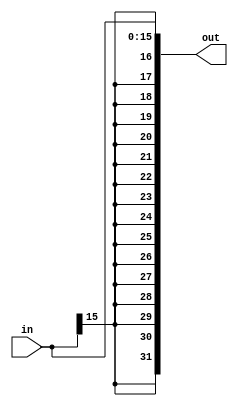
// ,   
// 16-    32-
module sign_extend(in, out);
  input [15:0] in;
  output [31:0] out;

  assign out = {{16{in[15]}}, in};
endmodule

module sign_extend_26(in, out);
  input [25:0] in;
  output [31:0] out;

  assign out = {{6{in[25]}},in};
endmodule

// ,     
//   2 
module shl_2(in, out);
  input [31:0] in;
  output [31:0] out;

  assign out = {in[29:0], 2'b00};
endmodule

// 32  
module adder(a, b, out);
  input [31:0] a, b;
  output [31:0] out;

  assign out = a + b;
endmodule

// 32- 
module mux2_32(d0, d1, a, out);
  input [31:0] d0, d1;
  input a;
  output [31:0] out;
  assign out = a ? d1 : d0;
endmodule

// 5 -  
module mux2_5(d0, d1, a, out);
  input [4:0] d0, d1;
  input a;
  output [4:0] out;
  assign out = a ? d1 : d0;
endmodule


module xnor_gate(x,y,c);
  input wire x,y;
  output wire c;
  wire nx,ny,a1,a2;
  not_gate ng1(x,nx);
  not_gate ng2(y,ny);
  and_gate ag1(x,y,a1);
  and_gate ag2(nx,ny,a2);
  or_gate og1(a1,a2,c);
endmodule


module xor_gate(a,b,c);
input a,b;
output c;
nand_gate nag1(a,b,nab);
or_gate og1(a,b,oab);
and_gate ag1(nab,oab,c);
endmodule

module isbne(opcode, ans);
  input [5:0] opcode;
  output ans;
  reg a;
  always @(opcode) begin
    a=0;
    case(opcode)
    6'b000101:
    begin
      a=1;
    end
    endcase
  end
  assign ans=a;
endmodule

module alu(a,b,op,zero,res);
  input [31:0] a,b;
  input [2:0] op;
  output zero;
  output [31:0] res;

  reg [31:0] r;
  reg z, less;
  wire sl;

  slt_gate slt(a,b,sl);

  always @(a or b or op)
  begin
    #1;
    less=sl;
    case(op)
      3'b010: r=a+b;
      3'b110: r=a-b;
      3'b000: r=a&b;
      3'b001: r=a|b;
      3'b111: begin
        r={31'b0000000000000000000000000000000,less};  
      end
    endcase
    if(r==0)
    begin
      z=1;
    end
    else
    begin
      z=0;
    end
    //$display("res is %b, zero is %d",r,z);
  end

  assign res=r;
  assign zero=z;
endmodule

module slt_gate(a,b,ans);
  input [31:0] a,b;
  output ans;
  
  wire [31:0] invb, nb;
  wire s1,c1,s2,c2,s3,c3,s4,c4,x1,x2,x3;
  wire s5,s6,s7,s8,s9,s10,s11,s12,s13,s14,s15,s16,s17,s18,s19,s20,
  s21,s22,s23,s24,s25,s26,s27,s28,s29,s30,s31,s32;
  wire c5,c6,c7,c8,c9,c10,c11,c12,c13,c14,c15,c16,c17,c18,c19,c20,
  c21,c22,c23,c24,c25,c26,c27,c28,c29,c30,c31,c32;
  invert inv(b,invb);
  full_adder_1_bit fa1(a[0],invb[0],1'b1,s1,c1);
  full_adder_1_bit fa2(a[1],invb[1],c1,s2,c2);
  full_adder_1_bit fa3(a[2],invb[2],c2,s3,c3);
  full_adder_1_bit fa4(a[3],invb[3],c3,s4,c4);
  full_adder_1_bit fa5(a[4],invb[4],c4,s5,c5);
  full_adder_1_bit fa6(a[5],invb[5],c5,s6,c6);
  full_adder_1_bit fa7(a[6],invb[6],c6,s7,c7);
  full_adder_1_bit fa8(a[7],invb[7],c7,s8,c8);
  full_adder_1_bit fa9(a[8],invb[8],c8,s9,c9);
  full_adder_1_bit fa10(a[9],invb[9],c9,s10,c10);
  full_adder_1_bit fa11(a[10],invb[10],c10,s11,c11);
  full_adder_1_bit fa12(a[11],invb[11],c11,s12,c12);
  full_adder_1_bit fa13(a[12],invb[12],c12,s13,c13);
  full_adder_1_bit fa14(a[13],invb[13],c13,s14,c14);
  full_adder_1_bit fa15(a[14],invb[14],c14,s15,c15);
  full_adder_1_bit fa16(a[15],invb[15],c15,s16,c16);
  full_adder_1_bit fa17(a[16],invb[16],c16,s17,c17);
  full_adder_1_bit fa18(a[17],invb[17],c17,s18,c18);
  full_adder_1_bit fa19(a[18],invb[18],c18,s19,c19);
  full_adder_1_bit fa20(a[19],invb[19],c19,s20,c20);
  full_adder_1_bit fa21(a[20],invb[20],c20,s21,c21);
  full_adder_1_bit fa22(a[21],invb[21],c21,s22,c22);
  full_adder_1_bit fa23(a[22],invb[22],c22,s23,c23);
  full_adder_1_bit fa24(a[23],invb[23],c23,s24,c24);
  full_adder_1_bit fa25(a[24],invb[24],c24,s25,c25);
  full_adder_1_bit fa26(a[25],invb[25],c25,s26,c26);
  full_adder_1_bit fa27(a[26],invb[26],c26,s27,c27);
  full_adder_1_bit fa28(a[27],invb[27],c27,s28,c28);
  full_adder_1_bit fa29(a[28],invb[28],c28,s29,c29);
  full_adder_1_bit fa30(a[29],invb[29],c29,s30,c30);
  full_adder_1_bit fa31(a[30],invb[30],c30,s31,c31);
  full_adder_1_bit fa32(a[31],invb[31],c31,s32,c32);
  
  xor_gate xg1(a[31],b[31],x1);
  xor_gate xg2(c32,x1,x2);
  not_gate ng(x2,ans);

endmodule

module invert(a,na);
  input [31:0] a;
  output [31:0] na;
  reg [31:0] nan;
  reg i;
  not_gate ng1(a[0],na[0]);
  not_gate ng2(a[1],na[1]);
  not_gate ng3(a[2],na[2]);
  not_gate ng4(a[3],na[3]);
  not_gate ng5(a[4],na[4]);
  not_gate ng6(a[5],na[5]);
  not_gate ng7(a[6],na[6]);
  not_gate ng8(a[7],na[7]);
  not_gate ng9(a[8],na[8]);
  not_gate ng10(a[9],na[9]);
  not_gate ng11(a[10],na[10]);
  not_gate ng12(a[11],na[11]);
  not_gate ng13(a[12],na[12]);
  not_gate ng14(a[13],na[13]);
  not_gate ng15(a[14],na[14]);
  not_gate ng16(a[15],na[15]);
  not_gate ng17(a[16],na[16]);
  not_gate ng18(a[17],na[17]);
  not_gate ng19(a[18],na[18]);
  not_gate ng20(a[19],na[19]);
  not_gate ng21(a[20],na[20]);
  not_gate ng22(a[21],na[21]);
  not_gate ng23(a[22],na[22]);
  not_gate ng24(a[23],na[23]);
  not_gate ng25(a[24],na[24]);
  not_gate ng26(a[25],na[25]);
  not_gate ng27(a[26],na[26]);
  not_gate ng28(a[27],na[27]);
  not_gate ng29(a[28],na[28]);
  not_gate ng30(a[29],na[29]);
  not_gate ng31(a[30],na[30]);
  not_gate ng32(a[31],na[31]);
endmodule

module full_adder_1_bit(a,b,cin,sum,cout);
  input a,b,cin;
  output sum,cout;

  wire xn1,a1,a2,a3,o1;
  xnor_gate xng1(a,b,xn1);
  xnor_gate xng2(xn1,cin,sum);
  and_gate ag1(a,b,a1);
  and_gate ag2(a,cin,a2);
  and_gate ag3(cin,b,a3);
  or_gate og1(a1,a2,o1);
  or_gate og2(o1,a3,cout);
endmodule

module and_gate(x,y,c);
  input wire x,y;
  output wire c;
  wire w;
  nand_gate nag1(x,y,w);
  not_gate ng1(w,c);
endmodule

module not_gate(x,y);
  input wire x;
  output wire y;
  supply0 gnd;
  supply1 vdd;
  nmos nm(y,gnd,x);
  pmos pm(y,vdd,x);
endmodule

module nand_gate(x,y,c);
  input wire x, y;
  output wire c;
  supply0 gnd;
  supply1 pwr;
  wire n1;
  pmos pm1(c,pwr,x);
  pmos pm2(c,pwr,y);
  nmos nm1(n1,gnd,x);
  nmos nm2(c,n1,y);
endmodule


module or_gate(x,y,c);
  input wire x,y;
  output wire c;
  wire w;
  nor_gate nog1(x,y,w);
  not_gate ng1(w,c);
endmodule

module nor_gate(x,y,c);
  input wire x, y;
  output wire c;
  supply0 gnd;
  supply1 pwr;
  wire p1;
  pmos pm1(p1,pwr,x);
  pmos pm2(c,p1,y);
  nmos nm1(c,gnd,x);
  nmos nm2(c,gnd,y);
endmodule